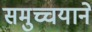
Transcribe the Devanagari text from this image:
समुच्चयाने